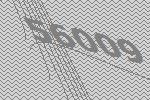
56009